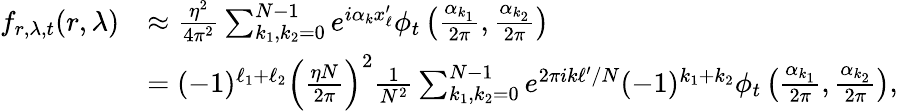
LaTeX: \begin{array}{rl}{f_{r,\lambda,t}(r,\lambda)}&{\approx\frac{\eta^{2}}{4\pi^{2}}\sum_{k_{1},k_{2}=0}^{N-1}e^{i\alpha_{k}x_{\ell}^{\prime}}\phi_{t}\left(\frac{\alpha_{k_{1}}}{2\pi},\frac{\alpha_{k_{2}}}{2\pi}\right)}\\ &{=(-1)^{\ell_{1}+\ell_{2}}\left(\frac{\eta N}{2\pi}\right)^{2}\frac{1}{N^{2}}\sum_{k_{1},k_{2}=0}^{N-1}e^{2\pi ik\ell^{\prime}/N}(-1)^{k_{1}+k_{2}}\phi_{t}\left(\frac{\alpha_{k_{1}}}{2\pi},\frac{\alpha_{k_{2}}}{2\pi}\right),}\end{array}